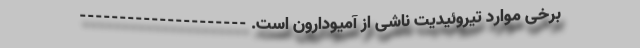
برخی موارد تیروئیدیت ناشی از آمیودارون است. ---------------------